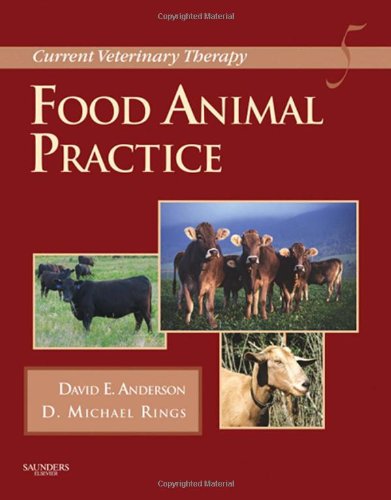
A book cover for Current Veterinary Therapy: Food Animal Practice, 5e; David E. Anderson DVM  MS DACVS; Medical Books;